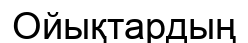
Ойықтардың